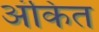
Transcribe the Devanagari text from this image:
अंकित